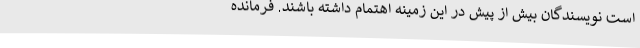
است نویسندگان بیش از پیش در این زمینه اهتمام داشته باشند. فرمانده